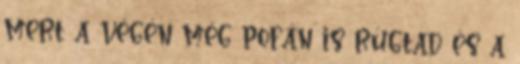
mert a végén még pofán is rúgtad és a